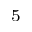
_ 5